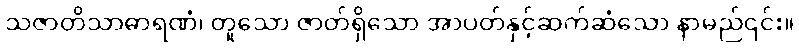
သဇာတိသာဓာရဏံ၊ တူသော ဇာတ်ရှိသော အာပတ်နှင့်ဆက်ဆံသော နာမည်၎င်း။